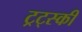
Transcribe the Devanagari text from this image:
ट्रट्स्की